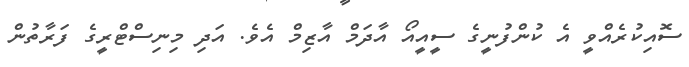
ސޮއިކުރެއްވީ އެ ކުންފުނީގެ ސީއީއޯ އާދަމް އާޒިމް އެވެ. އަދި މިނިސްޓްރީގެ ފަރާތުން